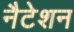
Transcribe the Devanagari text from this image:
नैटेशन